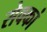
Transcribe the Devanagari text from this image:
सेवकां